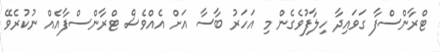
ޓްރާންސްފާ ގަވައިދާ ހިލާފުވެގެން މި އަހަރު ބާސާ އަށް އެއްވެސް ޓްރާންސްފާއެއް ނުކުރެވޭ